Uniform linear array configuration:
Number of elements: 4
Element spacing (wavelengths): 0.25
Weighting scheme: kaiser
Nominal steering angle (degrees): -30
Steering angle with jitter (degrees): -30.062
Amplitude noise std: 0.05
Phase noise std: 0.05

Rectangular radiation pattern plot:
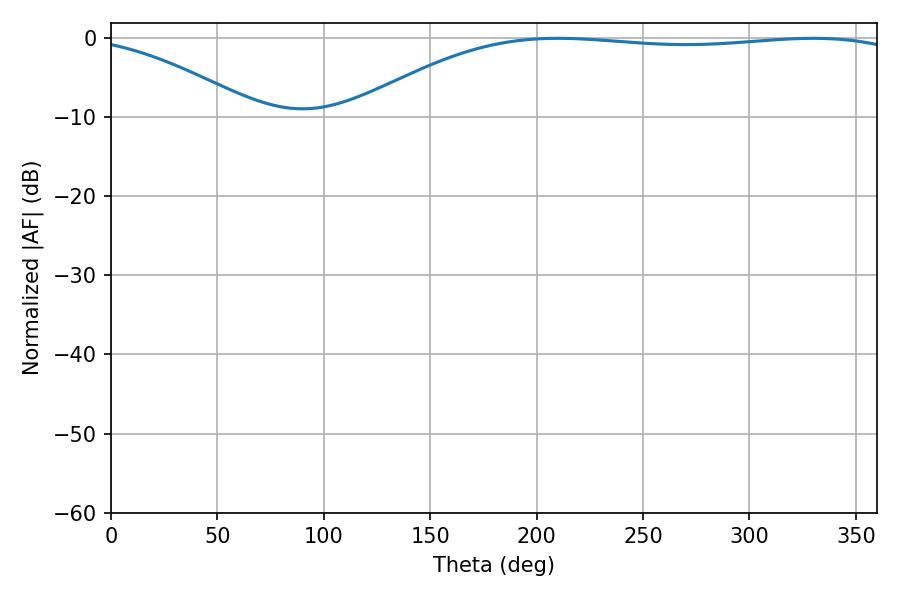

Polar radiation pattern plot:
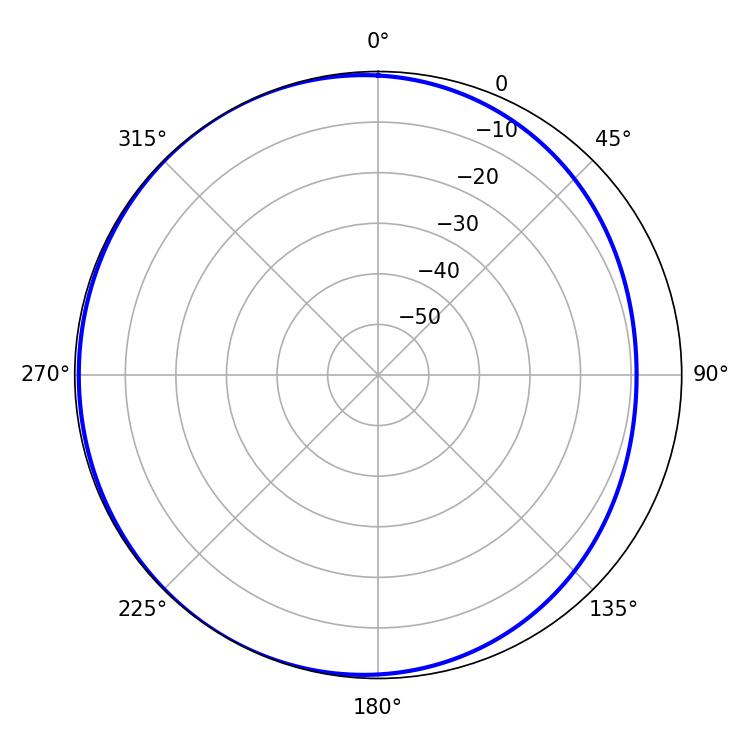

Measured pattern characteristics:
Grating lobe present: FALSE
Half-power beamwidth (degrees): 206.64
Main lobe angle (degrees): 210.06